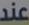
عند